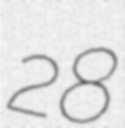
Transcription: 28